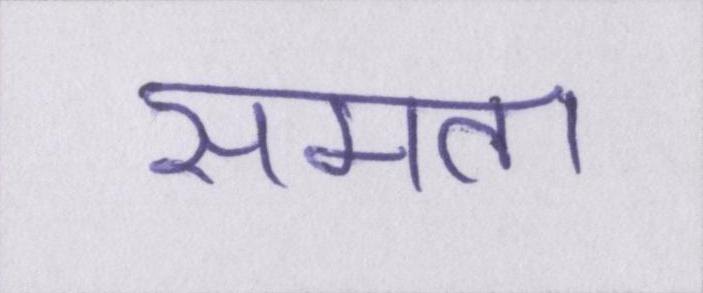
समता